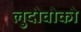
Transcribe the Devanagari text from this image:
लुदोवोको